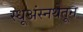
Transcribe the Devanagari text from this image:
स्धूअंस्नथेतून